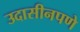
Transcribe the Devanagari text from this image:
उदासीनपणे